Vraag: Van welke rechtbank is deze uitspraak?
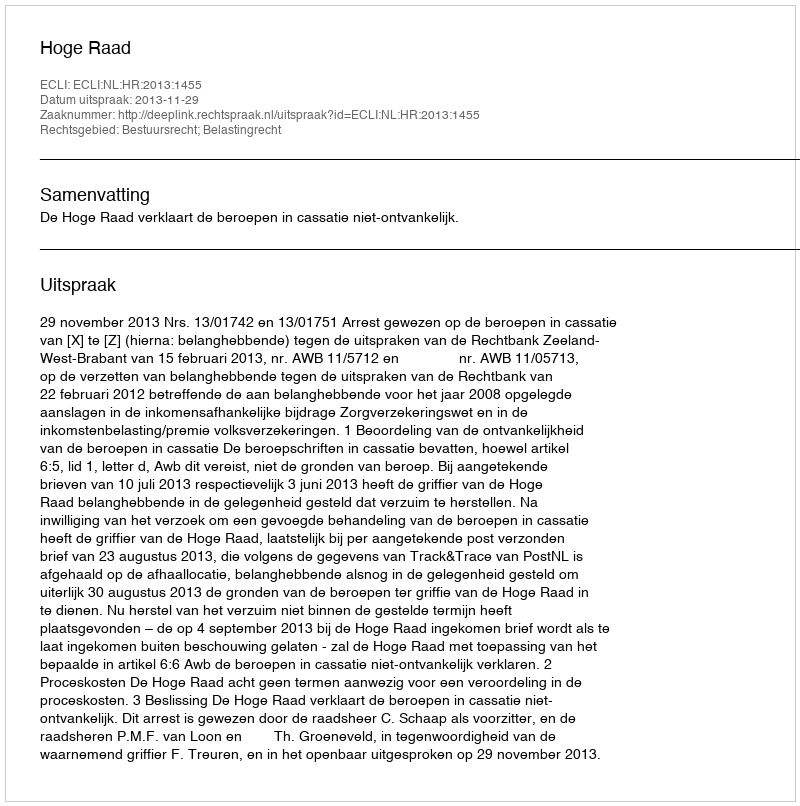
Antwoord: Hoge Raad